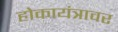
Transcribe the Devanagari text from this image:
होकायंत्रावर